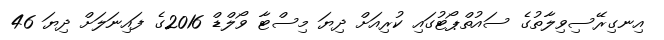
އިނގިރޭސިވިލާތުގެ ސައުތްޕޯޓުގައި ކުރިއަށް ދިޔަ މިސްޓާ ވޯލްޑް 2016ގެ ފައިނަލަށް ދިޔަ 46